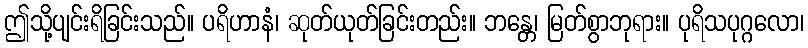
ဤသို့ပျင်းရိခြင်းသည်။ ပရိဟာနံ၊ ဆုတ်ယုတ်ခြင်းတည်း။ ဘန္တေ၊ မြတ်စွာဘုရား။ ပုရိသပုဂ္ဂလော၊